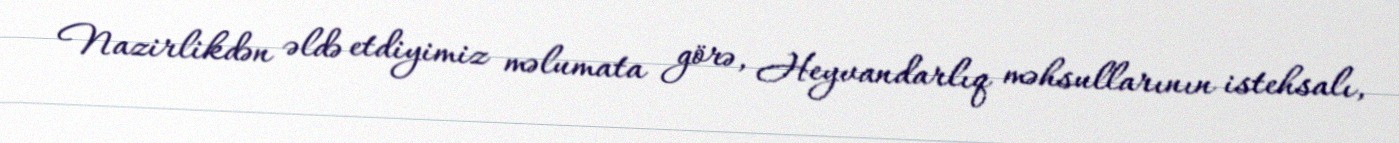
Nazirlikdən əldə etdiyimiz məlumata görə, Heyvandarlıq məhsullarının istehsalı,